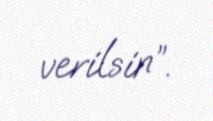
verilsin”.